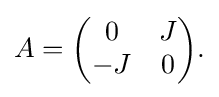
\displaystyle {A={\begin{pmatrix}0&J\\-J&0\end{pmatrix}}.}